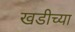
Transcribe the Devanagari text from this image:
खडीच्या